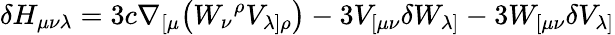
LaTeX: \delta H_{\mu\nu\lambda}=3c\nabla_{[\mu}\bigl(W_{\nu}{}^{\rho}V_{\lambda]\rho}\bigr)-3V_{[\mu\nu}\delta W_{\lambda]}-3W_{[\mu\nu}\delta V_{\lambda]}